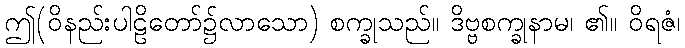
ဤ(ဝိနည်းပါဠိတော်၌လာသော) စက္ခုသည်။ ဒိဗ္ဗစက္ခုနာမ၊ ၏။ ဝိရဇံ၊